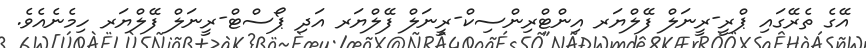
އޭގެ ތެރޭގައި ޕްރީ-ރީނަލް ފޭލްޔަރ އިންޓްރިންސިކް-ރީނަލް ފޭލްޔަރ އަދި ޕޯސްޓް-ރީނަލް ފޭލްޔަރ ހިމެނެއެވެ.